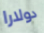
دولارا